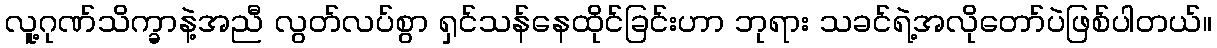
လူ့ဂုဏ်သိက္ခာနဲ့အညီ လွတ်လပ်စွာ ရှင်သန်နေထိုင်ခြင်းဟာ ဘုရား သခင်ရဲ့အလိုတော်ပဲဖြစ်ပါတယ်။